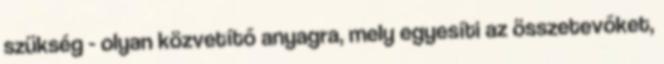
szükség - olyan közvetítő anyagra, mely egyesíti az összetevőket,